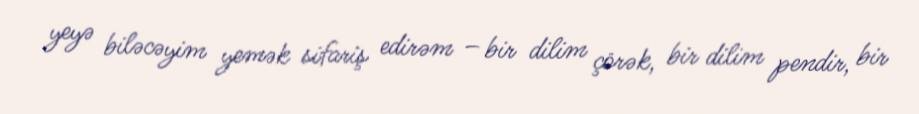
yeyə biləcəyim yemək sifariş edirəm – bir dilim çörək, bir dilim pendir, bir